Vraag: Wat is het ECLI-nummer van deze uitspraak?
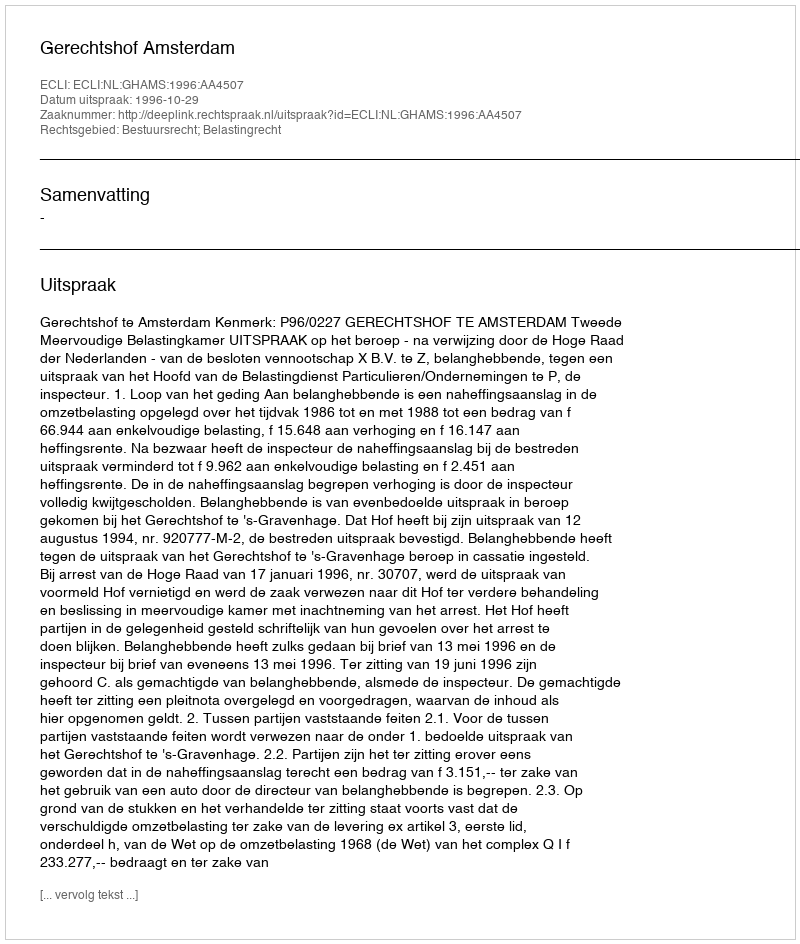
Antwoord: ECLI:NL:GHAMS:1996:AA4507